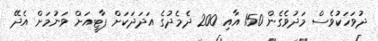
ދުވަހަކުވެސް މަދުވެގެން 150 އާއި 200 ދެމެދުގެ އަދަދަކަށް ޕާޓީއަށް ވަނުމަށް އެދޭ